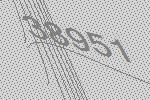
38951